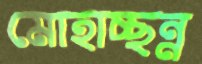
মোহাচ্ছন্ন